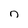
Character: n